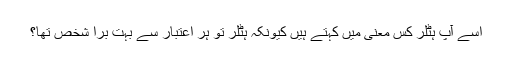
اسے آپ ہٹلر کس معنى میں کہتے ہیں کیونکہ ہٹلر تو ہر اعتبار سے بہت برا شخص تها؟